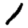
Digit: 1